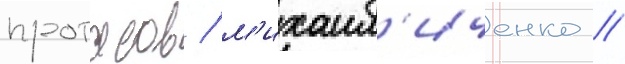
протасов / м'ихаил'иченко //